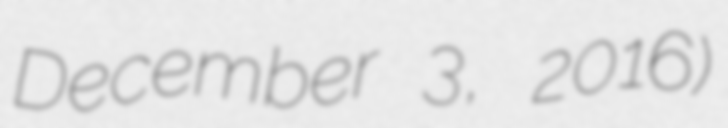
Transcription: December 3, 2016)